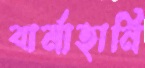
বার্মাহানি